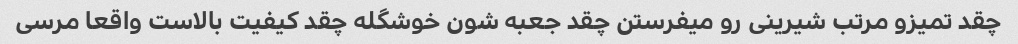
چقد تمیزو مرتب شیرینی رو میفرستن چقد جعبه شون خوشگله چقد کیفیت بالاست واقعا مرسی